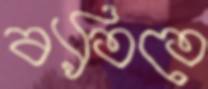
ব্যতিতে